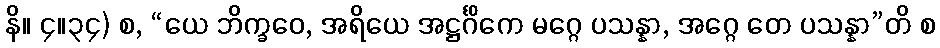
နိ။ ၄။၃၄) စ, “ယေ ဘိက္ခဝေ, အရိယေ အဋ္ဌင်္ဂိကေ မဂ္ဂေ ပသန္နာ, အဂ္ဂေ တေ ပသန္နာ”တိ စ